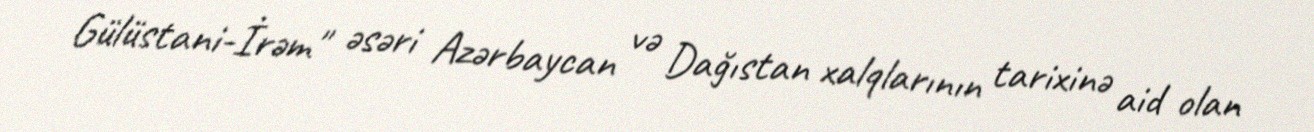
Gülüstani-İrəm" əsəri Azərbaycan və Dağıstan xalqlarının tarixinə aid olan